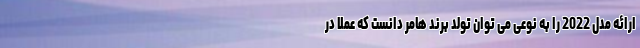
ارائه مدل 2022 را به نوعی می توان تولد برند هامر دانست که عملا در